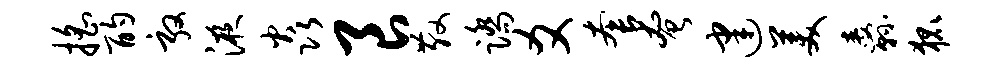
摇酌敦液焱良散踏爻套奄建美纛狐